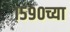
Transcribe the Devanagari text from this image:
१५९०च्या